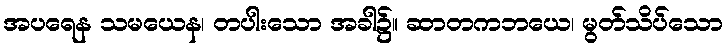
အပရေန သမယေန၊ တပါးသော အခါ၌။ ဆာတကဘယေ၊ မွတ်သိပ်သော